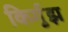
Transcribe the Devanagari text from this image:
किर्गुझ